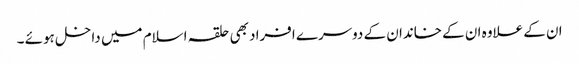
ان کے علاوہ ان کے خاندان کے دوسرے افراد بھی حلقہ اسلام میں داخل ہوئے ۔